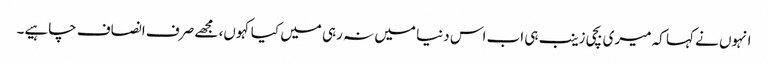
انہوں نے کہا کہ میری بچی زینب ہی اب اس دنیا میں نہ رہی میں کیا کہوں، مجھے صرف انصاف چاہیے۔